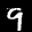
Label: 9